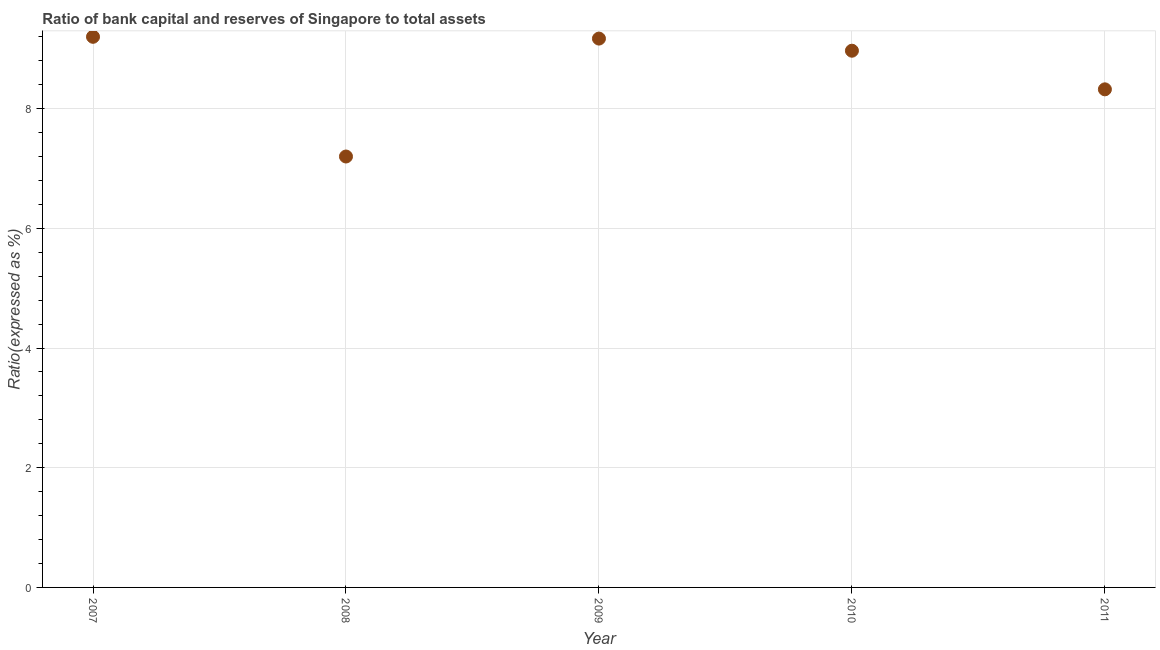
| Year | Bank capital to assets ratio |
 | --- | --- |
 | 2007 | 9.2 |
 | 2008 | 7.2 |
 | 2009 | 9.17 |
 | 2010 | 8.97 |
 | 2011 | 8.32 |